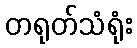
တရုတ်သံရုံး